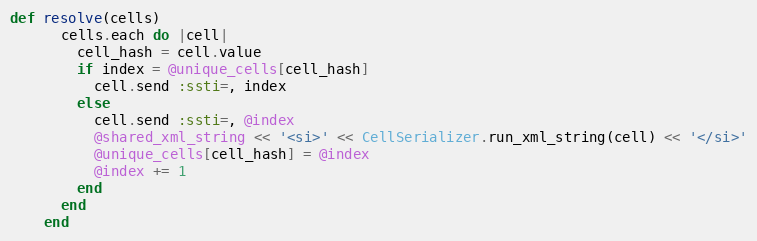
Language: Ruby
def resolve(cells)
      cells.each do |cell|
        cell_hash = cell.value
        if index = @unique_cells[cell_hash]
          cell.send :ssti=, index
        else
          cell.send :ssti=, @index
          @shared_xml_string << '<si>' << CellSerializer.run_xml_string(cell) << '</si>'
          @unique_cells[cell_hash] = @index
          @index += 1
        end
      end
    end